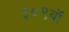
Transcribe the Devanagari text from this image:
३०९वॉ